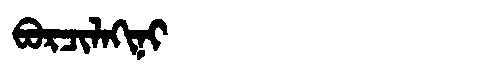
Manchu: ᠪᠣᡵᠴᡳᠯᠠᡴᡳᠨᡳ
Romanization: BORCILAKINI